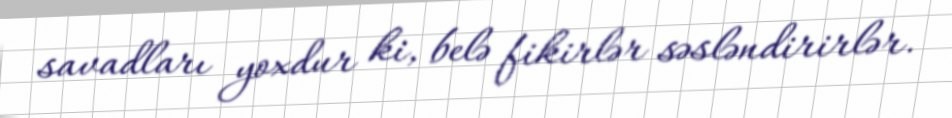
savadları yoxdur ki, belə fikirlər səsləndirirlər.